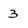
Character: 3